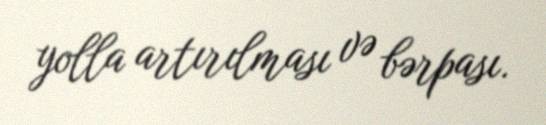
yolla artırılması və bərpası.